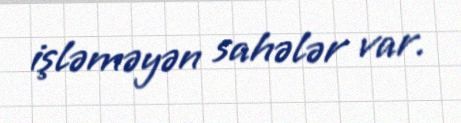
işləməyən sahələr var.